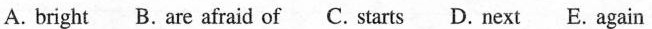
A. bright B. are afraid of C. atarts D. next E. again